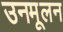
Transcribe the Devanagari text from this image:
उनमूलन